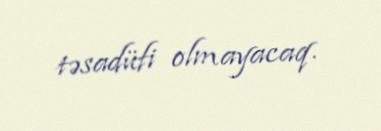
təsadüfi olmayacaq.